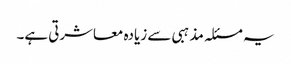
یہ مسئلہ مذہبی سے زیادہ معاشرتی ہے۔